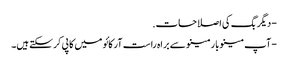
- دیگر بگ کی اصلاحات.
- آپ مینوبار مینو سے براہ راست آرکائو میں کاپی کرسکتے ہیں۔